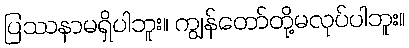
ပြဿနာမရှိပါဘူး။ ကျွန်တော်တို့မလုပ်ပါဘူး။